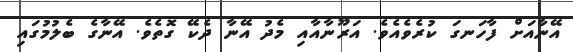
އޭނާއަށް ފާހަނގަ ކުރެވެއެވެ. އަރޫނާއާއި މެދު އޭނާ ދެކޭ ގޮތެވެ. އޭނާގެ ބެލުމުގައި